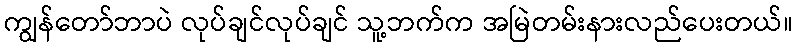
ကျွန်တော်ဘာပဲ လုပ်ချင်လုပ်ချင် သူ့ဘက်က အမြဲတမ်းနားလည်ပေးတယ်။